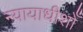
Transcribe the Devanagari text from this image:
न्यायाधीशोँ